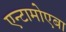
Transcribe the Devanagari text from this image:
एन्टामोएबा